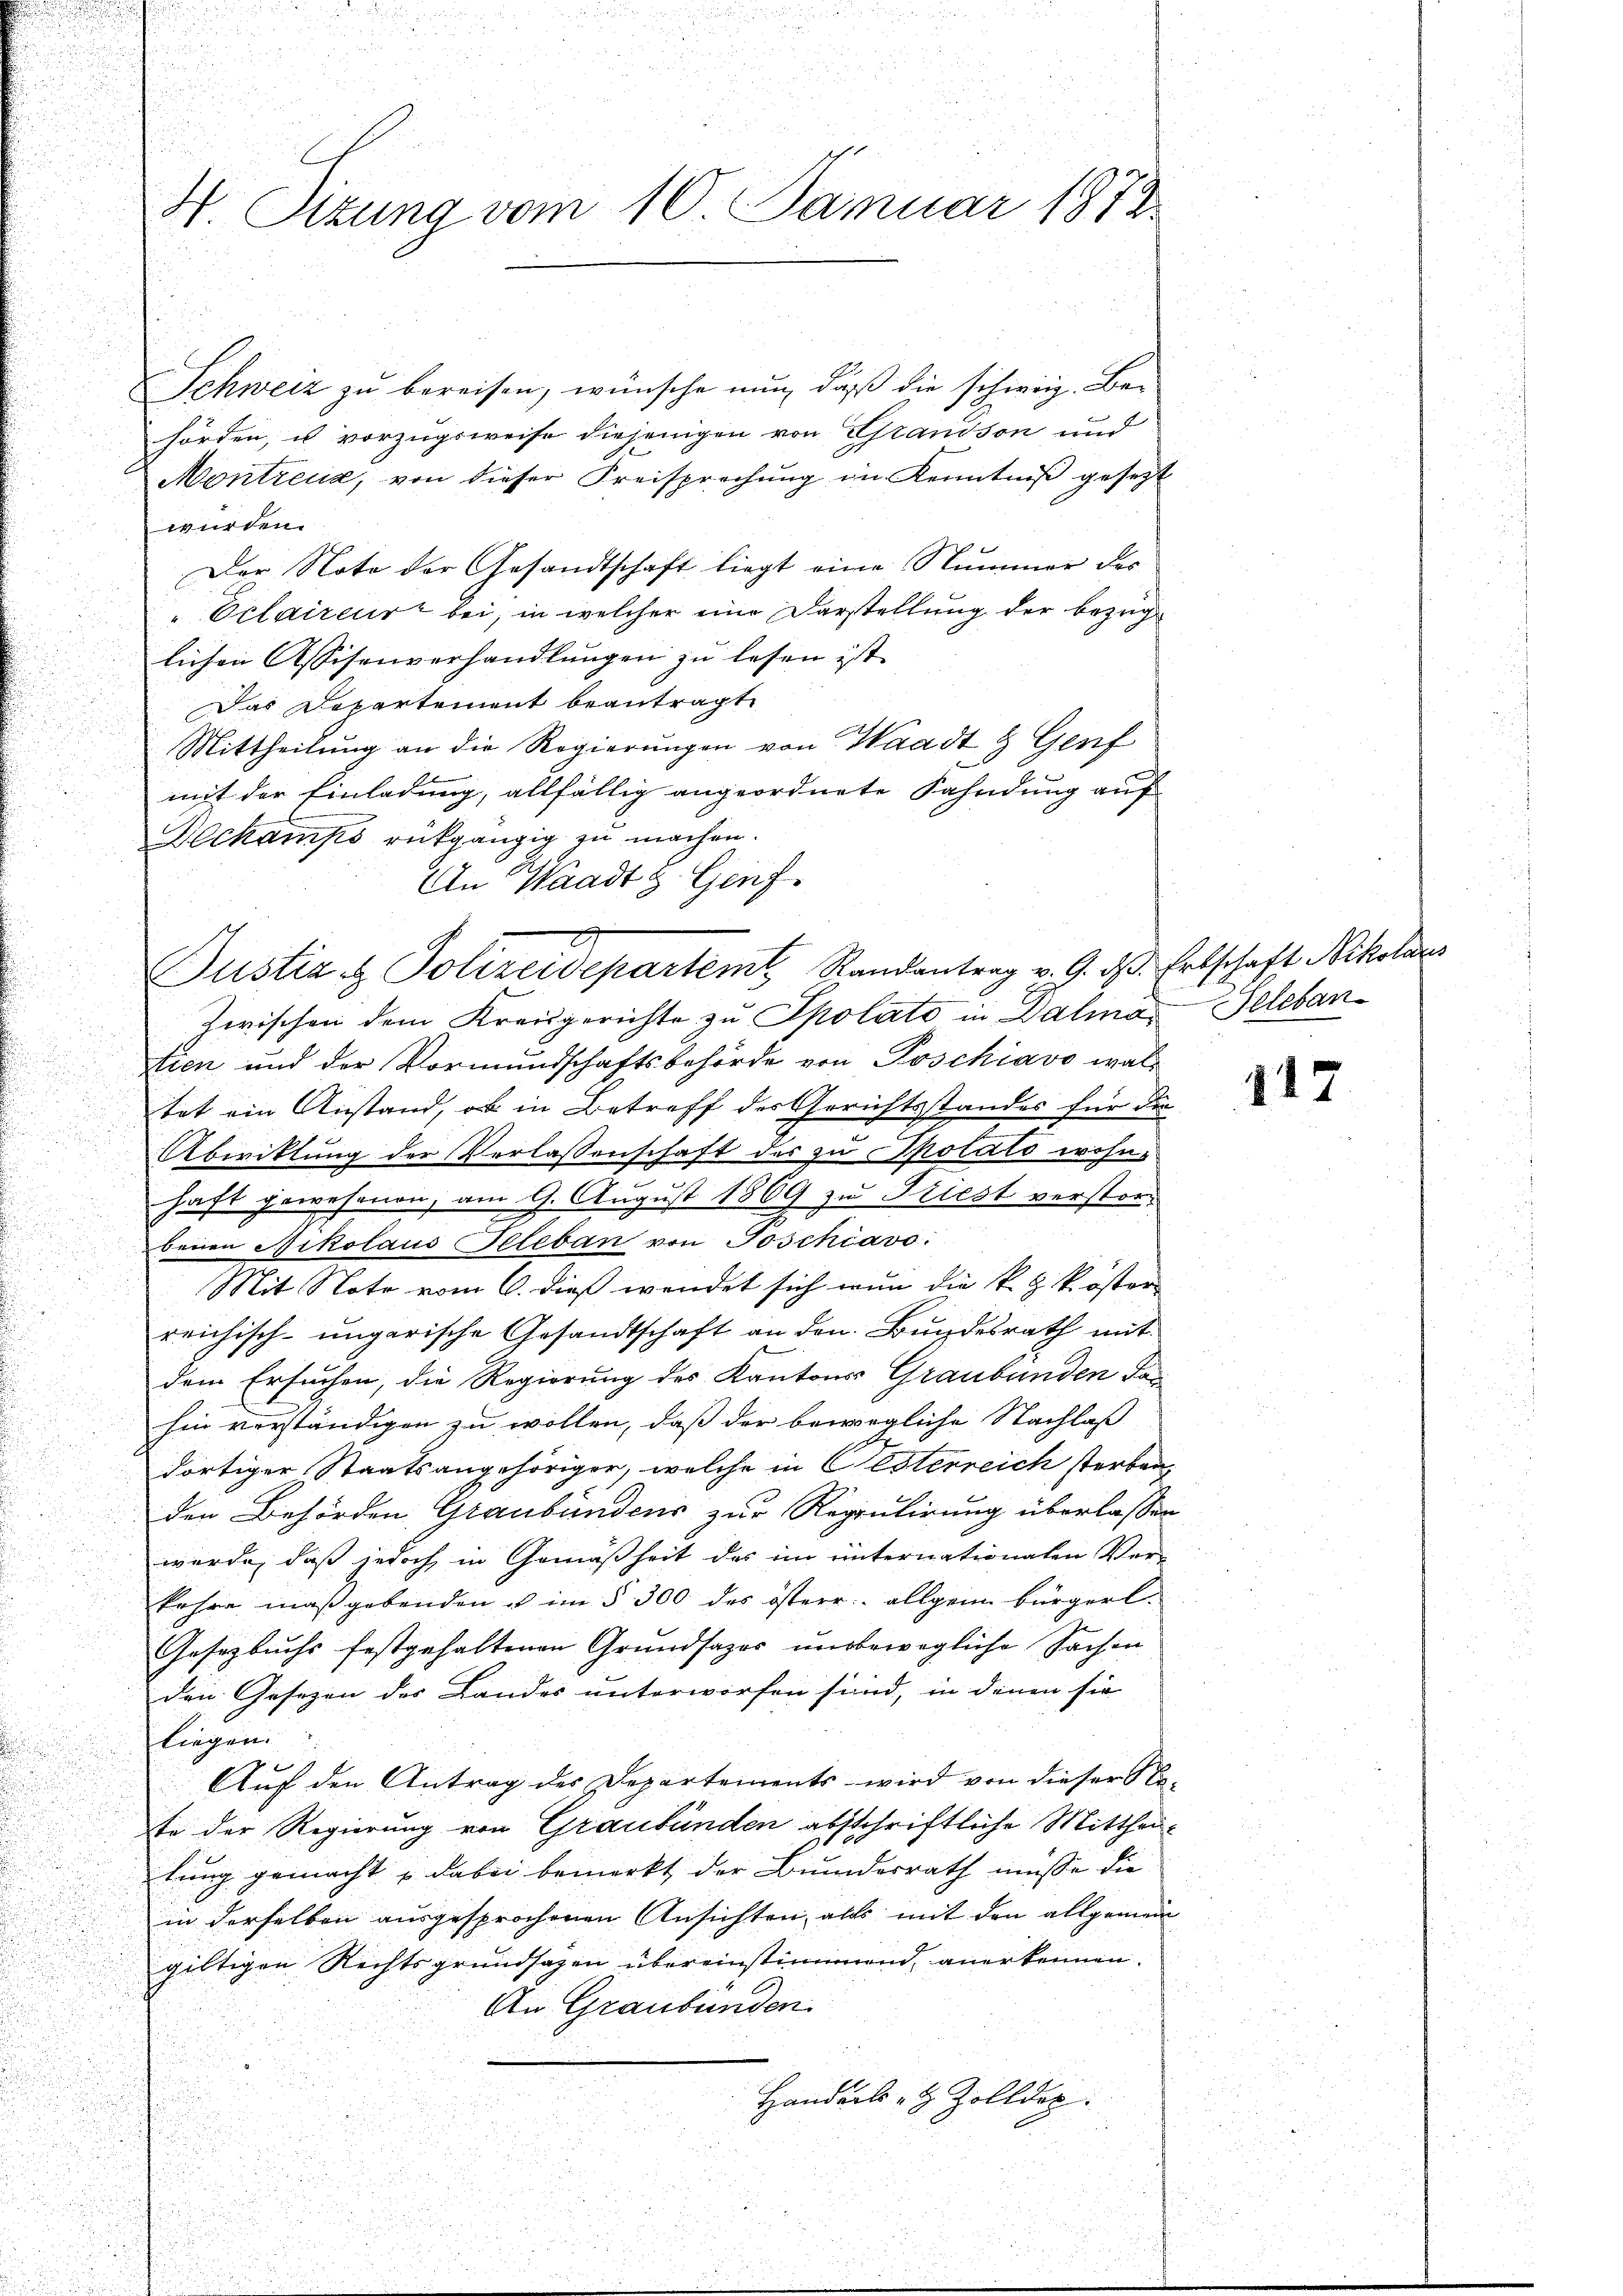
H. Sizung vom 10. Januar 1872

Schweiz zu bereisen, wünsche nun, daß die schweiz. Be-
hörden, u vorzugsweise diejenigen von Grandson und
Montreux, von dieser Kreisprechung in Kenntniß gesetzt
würden.
Der Noto der Gesandtschaft liegt eine Nummer der
"Oclaireur bei, in welcher eine Darstellung der bezüg
lichen Assisenverhandlungen zu lesen ist.
Das Departement beantragte
Mittheilung an die Regierungen von Waadt & Genf
mit der Einladung, allfällig angeordnete Fahndung auf
Deckamps rückgängig zu machen.
Zwischen dem Kreisgerichte zu Spolato in Dalma. Seleban
tien und der Vormundschaftsbehörde von Poschiavo waltet ein Anstand, ob in Betreff der Gerichtsstandes für die
Abwiklung der Verlassenschaft der zu Spolats wohnhaft gewesenen, am 9. August 1869 zu Kiest verstorbenen Nikolaus Teleban von Toschiavo
Mit Note vom 6. dieß wendet sich nun die k. z. Koster
reichisch-ungarische Gesandtschaft an den Bundesrath mit
dem Ersuchen, die Regierung des Kantons Graubünden das
hin verständigen zu wollen, daß der bewegliche Nachlass
dortiger Staatsangehöriger, welche in Cesterreich sterben,
den Behörden Graubündens zur Regulirung überlassen
würde, daß jedoch in Gemäßheit des im unternationalen Ver-
kehre maßgebenden u im § 300 des österr. allgem Bürgerl.
Gesetzbuchs festgehaltenen Grundsazer unbewegliche Sachen
den Gesezen des Landes unterworfen sind, in denen sie
liegen.
Auf den Antrag des Departements wird von dieser Na-
te der Regierung von Graubünden abschriftliche Mittheitung gemacht dabei bemerkt der Bundesrath müsse die
in derselben ausgesprochenen Ansichten, alls mit den allgemein
giltigen Rechtsgrundsazen übereinstimmend, anerkennen.
An Graubünden
Handels- & Zollder.

An Waadt z. Genf.
Justiz & Polizeidepartemt, Randantrag v. 9. ds. Erbschaft Nikolaus

117